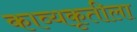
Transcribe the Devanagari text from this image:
काव्यकृतीला